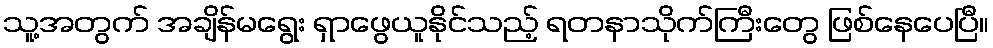
သူ့အတွက် အချိန်မရွေး ရှာဖွေယူနိုင်သည့် ရတနာသိုက်ကြီးတွေ ဖြစ်နေပေပြီ။